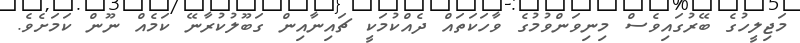
މަޖިލީހުގެ ބޭރުގައިވެސް މިނިވަންވުމުގެ ވާހަކަތައް ދެއްކުމަކީ ޗައިނާއިން ގަބޫލުކުރާނޭ ކަމެއް ނޫން ކަމަށެވެ.